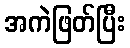
အကဲဖြတ်ပြီး